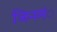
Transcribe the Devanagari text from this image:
जिनमं्